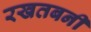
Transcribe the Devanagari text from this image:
रखतबनी